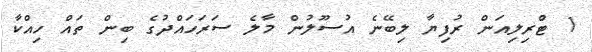
1 ޓްރިލިއަން ރުފިޔާ ލިބޭނެ އުސޫލުން މާލެ ސަރަހައްދުގެ ބިން ތައް ހިއްކާ